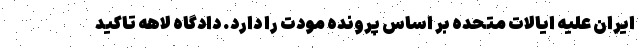
ایران علیه ایالات متحده بر اساس پرونده مودت را دارد. دادگاه لاهه تاکید